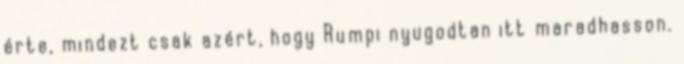
érte, mindezt csak azért, hogy Rumpi nyugodtan itt maradhasson.